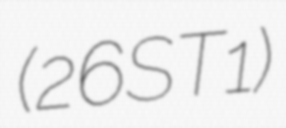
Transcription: (26ST1)